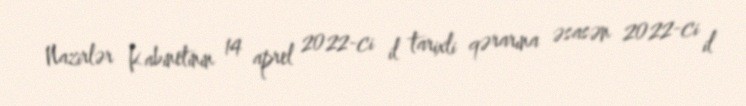
Nazirlər Kabinetinin 14 aprel 2022-ci il tarixli qərarına əsasən 2022-ci il